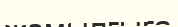
жамылғыға